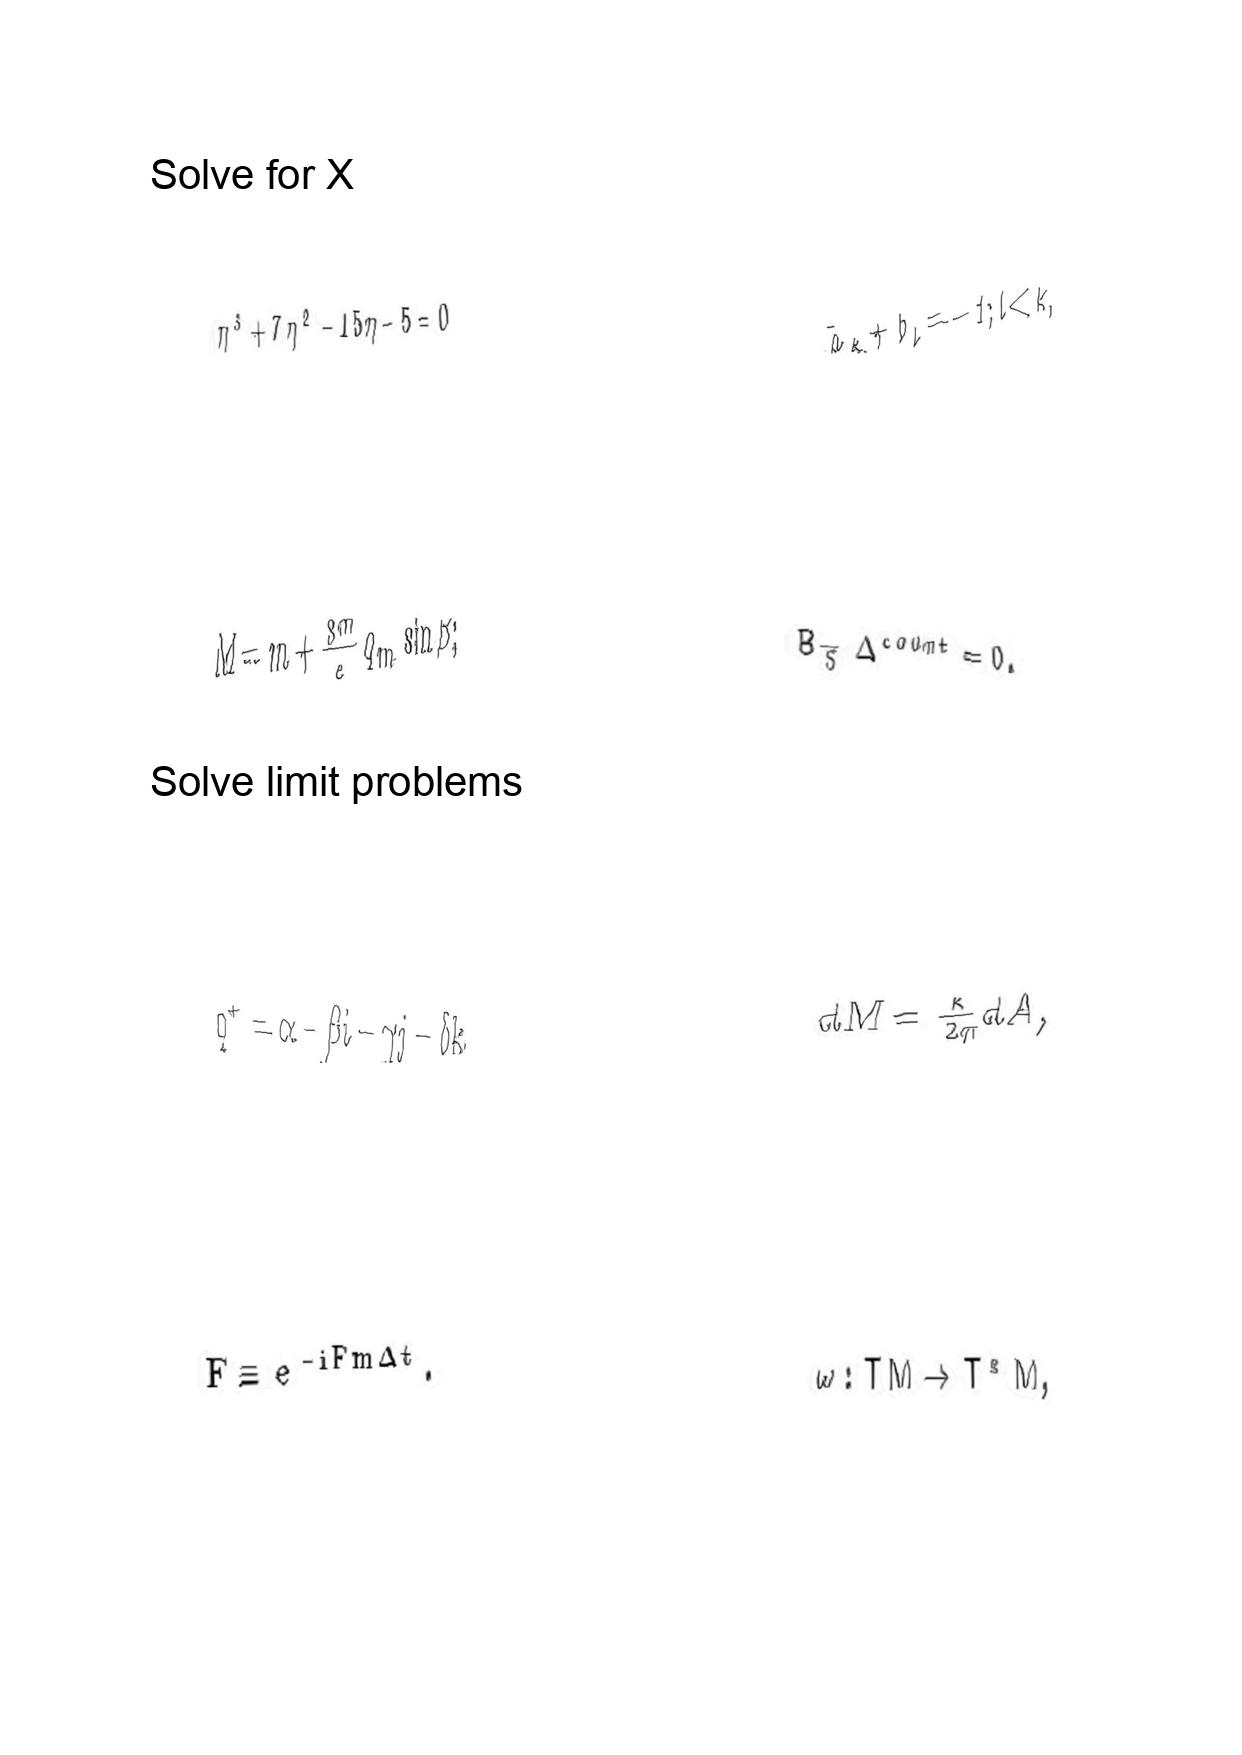
LaTeX transcription:
\eta ^ { 3 } + 7 \eta ^ { 2 } - 1 5 \eta - 5 = 0
M = m + \frac { 3 m } { e } q _ { m } \sin \beta ;
q ^ { + } = \alpha - \beta i - \gamma j - \delta k
F \equiv e ^ { - i F m \Delta t } .
\bar { a } _ { k } + b _ { l } = - 1 ; l \lt k ,
B _ { \tilde { S } } \Delta ^ { c o u n t } = 0 .
d M = \frac { \kappa } { 2 \pi } d A ,
\omega : T M \rightarrow T ^ { \ast } M ,